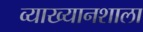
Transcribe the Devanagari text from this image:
व्याख्यानशाला